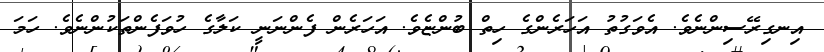
އިނގިރޭސިންނެވެ. އެވަގުތު އަހަރެންގެ ހިތް ބުންޏެވެ. އަހަރެން ފެންނަނީ ކަލާގެ ހުވަފެންތަކުންނެވެ. ހަމަ